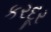
કરદૂર